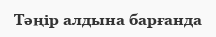
Тәңір алдына барғанда